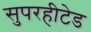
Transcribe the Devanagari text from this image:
सुपरहीटेड